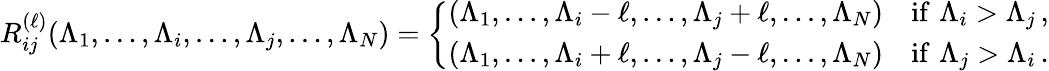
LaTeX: R_{ij}^{(\ell)}(\Lambda_{1},\dots,\Lambda_{i},\dots,\Lambda_{j},\dots,\Lambda_{N})=\left\{ \begin{array}{ll}{{(\Lambda_{1},\dots,\Lambda_{i}-\ell,\dots,\Lambda_{j}+\ell,\dots,\Lambda_{N})}}&{{\mathrm{{if}}\, \, \Lambda_{i}>\Lambda_{j}\, ,}}\\ {{(\Lambda_{1},\dots,\Lambda_{i}+\ell,\dots,\Lambda_{j}-\ell,\dots,\Lambda_{N})}}&{{{\mathrm{if}}\, \, \Lambda_{j}>\Lambda_{i}\, .}}\end{array}\right.